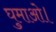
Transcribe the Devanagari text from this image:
घुमाओ।